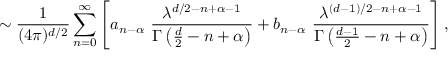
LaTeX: \sim { \frac { 1 } { ( 4 \pi ) ^ { d / 2 } } } \sum _ { n = 0 } ^ { \infty } \left[ a _ { n - \alpha } ~ { \frac { \lambda ^ { d / 2 - n + \alpha - 1 } } { \Gamma \left( \frac d 2 - n + \alpha \right) } } + b _ { n - \alpha } ~ { \frac { \lambda ^ { ( d - 1 ) / 2 - n + \alpha - 1 } } { \Gamma \left( { \frac { d - 1 } { 2 } } - n + \alpha \right) } } \right] ,